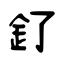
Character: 釕